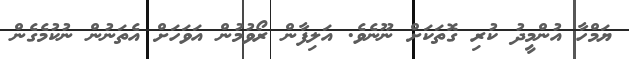
ޔަމްހާ އުންމީދު ކުރި ގޮތަކަށް ނޫނެވެ. އަލިފާން ރޯވުމުން އަވަހަށް އެތަނުން ނުކުމެގެން